Annual statistical returns and brief notes on vaccination in Bengal - 1896-1909
Year: 1896
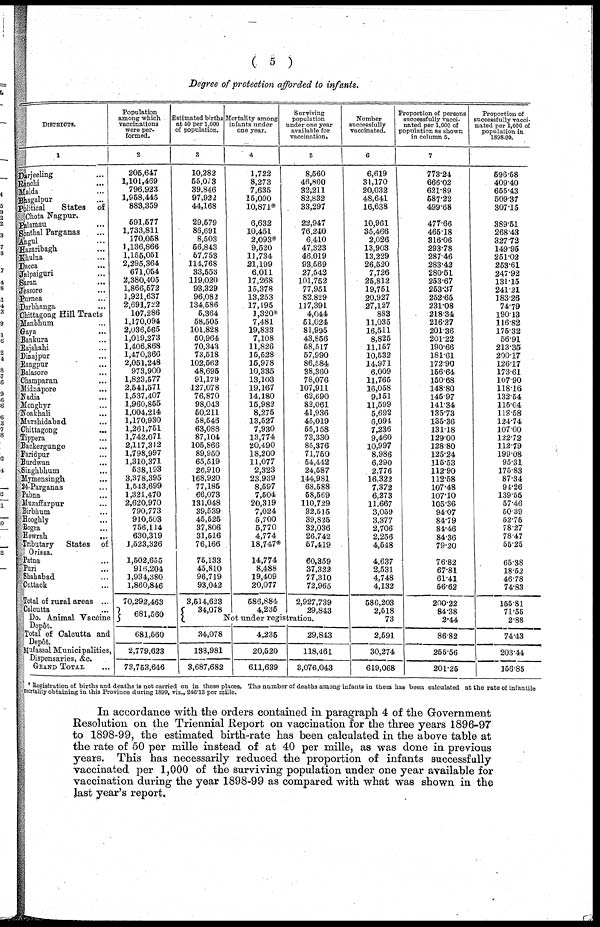
( 5 )
Degree of protection afforded to infants.
DISTRICTS.
1
Darjeeling ...
Ranchi
...
Malda ...
Bhagalpur ...
Political
States
of
Chota Nagpur.
Palamau ...
Sonthal Parganas ...
Angul
...
Hazaribagh ...
Khulna ...
Dacca
...
Jalpaiguri ...
Saran
...
Jessore ...
Purnea ...
Darbhanga ...
Chittagong Hill Tracts
Manbhum ...
Gaya
...
Bankura ...
Rajshahi ...
Dinajpur ...
Rangpur ...
Balasore ...
Champaran ...
Midnapore
...
Nadia ...
Monghyr ...
Noakhali ...
Murshidabad ...
Chittagong ...
Tippera ...
Backergunge ...
Faridpur ...
Burdwan ...
Singhbhum ...
Mymensingh ...
24-Parganas ...
Pabna ...
Muzaffarpur ...
Birbhum ...
Hooghly ...
Bogra ...
Howrah
...
Tributary
States of
Orissa.
Patna ...
Puri ...
Shahabad ...
Cuttack ...
Total of rural areas ...
Calcutta ...
Do. Animal Vaccine
Depôt.
Total of Calcutta and
Depôt.
Mufassal Municipalities,
Dispensaries, &c.
GRAND TOTAL ...
Population
among which
vaccinations
were per-
formed.
2
205,647
1,101,469
796,923
1,958,445
883,359
591,577
1,733,811
170,058
1 ,136,866
1,155,051
2,295,364
671,054
2,380,405
1,866,572
1,921,637
2,691,722
107,286
1,170,094
2,036,565
1,019,273
1,406,868
1,470,366
2,051,248
973,900
1,823,577
2,541,571
1,537,407
1,960,855
1,004,214
1,170,930
1,261,751
1,742,071
2,117,312
1,798,997
1,310,371
538,193
3,378,395
1,543,699
1,321,470
2,620,970
790,773
910,503
756,114
630,319
1,523,326
1,502,655
916,204
1,934,380
1,860,846
70,292,463
681,560
681,560
2,779,623
73,753,646
Estimated births
at 50 per 1,000
of population.
3
10,282
55,073
39,846
97,922
44,168
29,579
86,691
8,503
56,843
57,753
114,768
33,553
119,020
93,329
96,083
134,586
5,364
58,505
101,828
50,964
70,343
73,518
102,562
48,695
91,179
127,078
76,870
98,043
50,211
58,546
63,088
87,104
105,866
89,950
65,519
26,910
168,920
77,185
66,073
131,048
39,539
45,525
37,806
31,516
76,166
75,133
45,810
96,719
93,042
3,514,623
34,078
Mortality among
infants under
one year.
4
1,722
8,273
7,635
15,090
10,871*
6,632
10,451
2,093*
9,520
11,734
21,199
6,011
17,268
15,378
13,253
17,195
1,320*
7,481
19,833
7,108
11,826
15,528
15,978
10,335
13,103
19,167
14,180
15,982
8,275
13,527
7,930
13,774
20,490
18,200
11,077
2,323
23,939
8,597
7,504
20,319
7,024
5,700
5,770
4,774
18,747*
14,774
8,488
19,409
20,077
586,884
4,235
Surviving
population
under one year
available for
vaccination.
5
8,560
46,800
32,211
82,832
33,297
22,947
76,240
6,410
47,323
46,019
93,569
27,542
101,752
77,951
82,829
117,391
4,044
51,024
81,995
43,856
58,517
57,990
86,584
38,360
78,076
107,911
62,690
82,061
41,936
45,019
55,158
73,330
85,376
71,750
54,442
24,587
144,981
68,588
58,569
110,729
32,515
39,825
32,036
26,742
54,419
60,359
37,322
77,310
72,965
2,927,739
29,843
Not under registration.
34,078
138,981
3,687,682
4,235
20,520
611,639
29,843
118,461
3,076,043
Number
successfully
vaccinated.
6
6,619
31,170
20,032
48,641
16,638
10,961
35,466
2,026
13,903
13,229
26,520
7,726
25,812
19,751
20,927
27,127
883
11,035
16,511
8,825
11,157
10,532
14,971
6,009
11,765
16,058
9,151
11,599
5,692
6,094
7,236
9,460
10,997
8,986
6,290
2,776
16,322
7,372
6,273
11,667
3,059
3,377
2,706
2,256
4,548
4,637
2,531
4,748
4,132
586,203
2,518
73
2,591
30,274
619,068
Proportion of persons
successfully vacci-
nated per 1,000 of
population as shown
in column 5.
7
773.24
666.02
621.89
587.22
499.68
477.66
465.18
316.06
293.78
287.46
283.42
280.51
253.67
253.37
252.65
231.08
218.34
216.27
201.36
201.22
190.66
181.61
172.90
156.64
150.68
148.80
145.97
141.34
135.73
135.36
131.18
129.00
128.80
125.24
115.53
112.90
112.58
107.48
107.10
105.36
94.07
84.79
84.46
84.36
79.20
76.82
67.81
61.41
56.62
200.22
84.38
2.44
86.82
255.56
201.25
Proportion of
successfully vacci-
nated per 1,000 of
population in
1898-99.
596.58
409.40
655.43
509.37
307.15
389.51
268.43
327.72
149.95
251.02
253.61
247.92
131.15
241.21
183.26
74.79
190.13
116.82
175.32
56.91
213.35
200.17
126.17
173.61
107.90
118.16
132.54
115.04
112.58
124.74
107. 00
122.72
112.79
199.08
95.31
175.83
87.34
94.26
139.55
57.46
50.39
52.75
78.27
78.47
55.25
65.38
18.52
46.78
74.83
155.81
71.55
2.88
74.43
203.44
156.85
* Registration of births and deaths is not carried on in these places. The number of deaths among infants in them has been calculated at the rate of infantile
mortality obtaining in this Province during 1899, viz., 246.13 per mille.
In accordance with the orders contained in paragraph 4 of the Government
Resolution on the Triennial Report on vaccination for the three years 1896-97
to 1898-99, the estimated birth-rate has been calculated in the above table at
the rate of 50 per mille instead of at 40 per mille, as was done in previous
years. This has necessarily reduced the proportion of infants successfully
vaccinated per 1,000 of the surviving population under one year available for
vaccination during the year 1898-99 as compared with what was shown in the
last year's report.